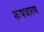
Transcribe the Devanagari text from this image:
रूपधारण